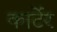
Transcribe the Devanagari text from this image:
कार्टेर